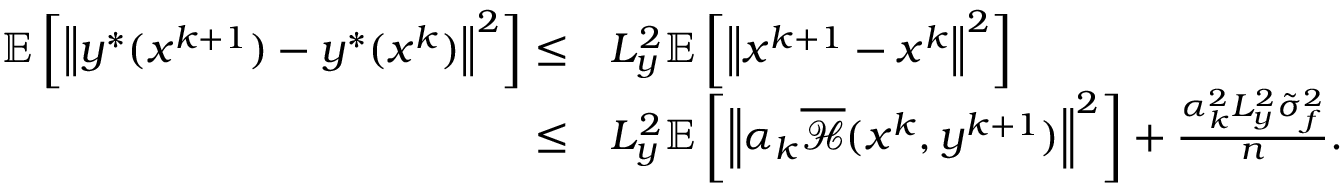
\begin{array} { r l } { \mathbb { E } \left[ \left\| y ^ { * } ( x ^ { k + 1 } ) - y ^ { * } ( x ^ { k } ) \right\| ^ { 2 } \right] \leq } & { L _ { y } ^ { 2 } \mathbb { E } \left[ \left\| x ^ { k + 1 } - x ^ { k } \right\| ^ { 2 } \right] } \\ { \leq } & { L _ { y } ^ { 2 } \mathbb { E } \left[ \left\| \alpha _ { k } \overline { { \mathcal { H } } } ( x ^ { k } , y ^ { k + 1 } ) \right\| ^ { 2 } \right] + \frac { \alpha _ { k } ^ { 2 } L _ { y } ^ { 2 } \tilde { \sigma } _ { f } ^ { 2 } } { n } . } \end{array}